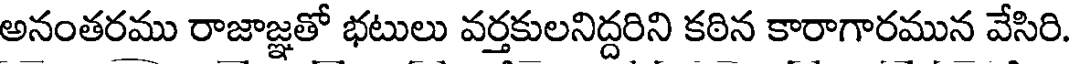
అనంతరము రాజాజ్ఞతో భటులు వర్తకులనిద్దరిని కఠిన కారాగారమున వేసిరి